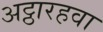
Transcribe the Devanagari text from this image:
अट्ठारहवा